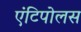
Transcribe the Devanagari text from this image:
एंटिपोलस